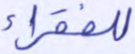
للفقراء